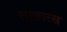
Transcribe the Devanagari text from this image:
लालारस